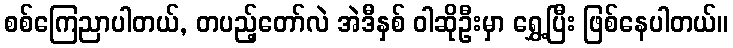
စစ်ကြေညာပါတယ်, တပည့်တော်လဲ အဲဒီနှစ် ဝါဆိုဦးမှာ ရွှေ့ပြီး ဖြစ်နေပါတယ်။